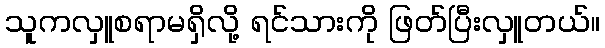
သူကလှူစရာမရှိလို့ ရင်သားကို ဖြတ်ပြီးလှူတယ်။